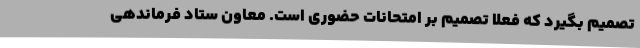
تصمیم بگیرد که فعلا تصمیم بر امتحانات حضوری است. معاون ستاد فرماندهی